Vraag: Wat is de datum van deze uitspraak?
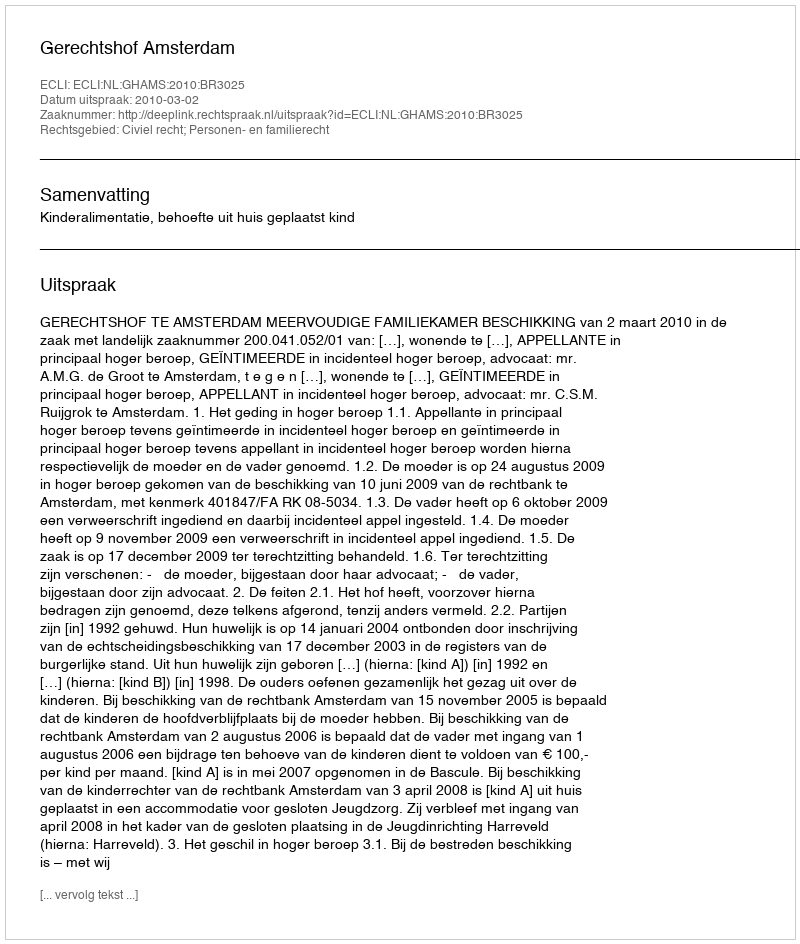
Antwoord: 2010-03-02